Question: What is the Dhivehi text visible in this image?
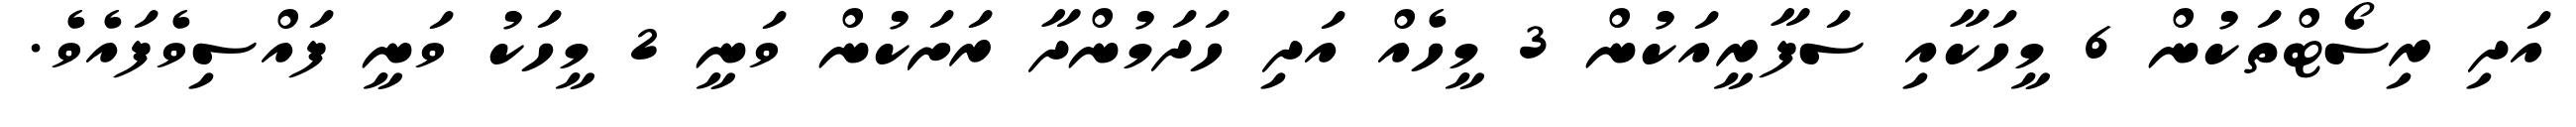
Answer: އަދި ރިސޯޓްތަކުން 6 މީހަކާއި ސަފާރީއަކުން 3 މީހެއް އަދި ހަދަމުންދާ ރަށަކުން ވަނީ 2 މީހަކު ވަނީ ފައްސިވެފައެވެ.